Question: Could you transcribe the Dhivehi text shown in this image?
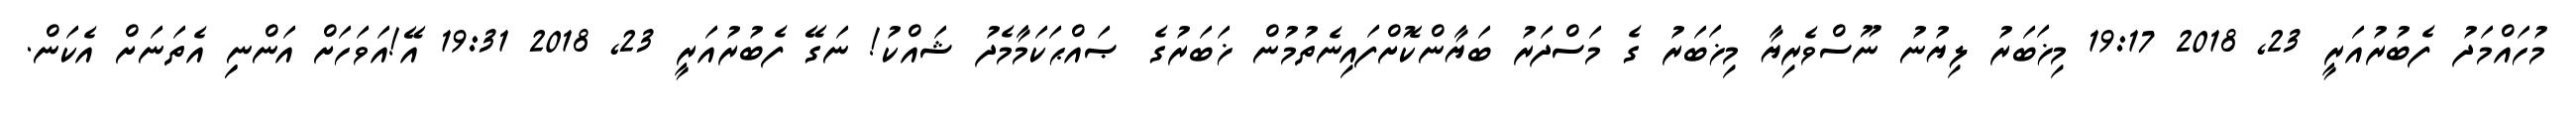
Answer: މުހައްމަދު ފެބުރުއަރީ 23, 2018 19:17 މިޚަބަރު ލިޔުނު ނޫސްވެރިޔާ މިޚަބަރު ގެ މަސްދަރު ބަޔާންކޮށްފައިނެތުމުން ޚަބަރުގެ ޞައްޙަކަމާމެދު ޝައްކު! ނަގޭ ފެބުރުއަރީ 23, 2018 19:31 އޭ!އަވަހަށް އަންނިި އެތަނަށް އެކަން.